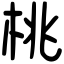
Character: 桃